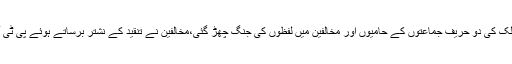
سپریم کورٹ آف پاکستان کی جانب سے جہانگیر ترین کی نا اہلی کے فیصلے کے بعد ملک کی دو حریف جماعتوں کے حامیوں اور مخالفین میں لفظوں کی جنگ چھڑ گئی،مخالفین نے تنقید کے نشتر برساتے ہوئے پی ٹی آئی کے حامیوں سے کہا کہ جہانگیر ترین کی نا اہلی سے عمران خان کی جیب کٹ گئی۔